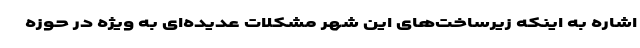
اشاره به اینکه زیرساخت‌های این شهر مشکلات عدیده‌ای به ویژه در حوزه